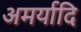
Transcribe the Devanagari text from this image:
अमर्यादि